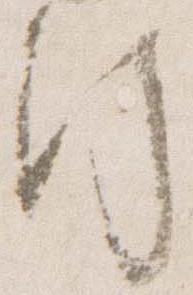
行